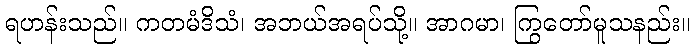
ရဟန်းသည်။ ကတမံဒိသံ၊ အဘယ်အရပ်သို့။ အာဂမာ၊ ကြွတော်မူသနည်း။